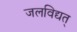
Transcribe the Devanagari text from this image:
जलविद्यत्